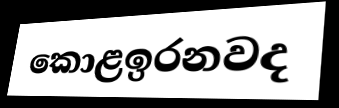
කොළඉරනවද